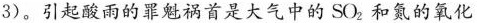
3)。引起酸雨的罪魁祸首是大气中的SO2和氮的氧化